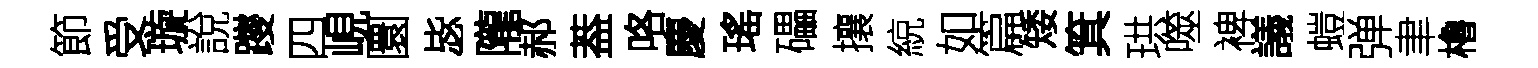
節受璇說躞四峴圜毖隴郝葢咯慶瑤礧攘綂如篇矮箕珙噬裨議螘弹聿櫓